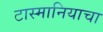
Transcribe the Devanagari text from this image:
टास्मानियाचा